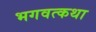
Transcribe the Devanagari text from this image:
भगवत्कथा